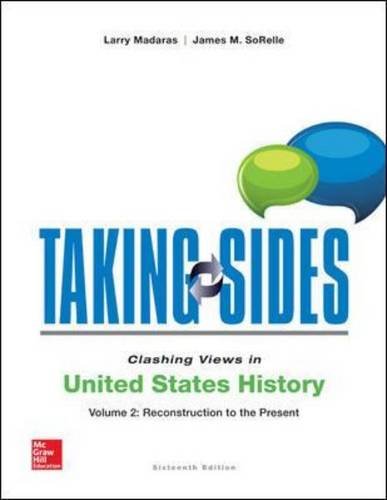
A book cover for Taking Sides: Clashing Views in United States History, Volume 2: Reconstruction to the Present; Larry Madaras; History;